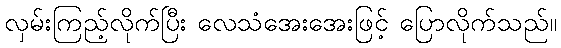
လှမ်းကြည့်လိုက်ပြီး လေသံအေးအေးဖြင့် ပြောလိုက်သည်။